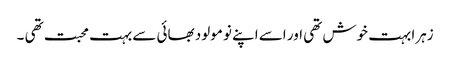
زہرا بہت خوش تھی اور اسے اپنے نو مولود بھائی سے بہت محبت تھی ۔